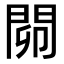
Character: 𨴅